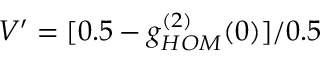
V ^ { \prime } = [ 0 . 5 - g _ { H O M } ^ { ( 2 ) } ( 0 ) ] / 0 . 5